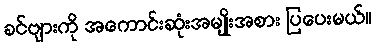
ခင်ဗျားကို အကောင်းဆုံးအမျိုးအစား ပြပေးမယ်။